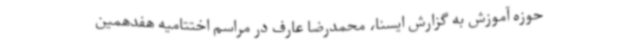
حوزه آموزش به گزارش ایسنا، محمدرضا عارف در مراسم اختتامیه هفدهمین